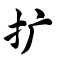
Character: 扩